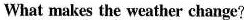
What makes the weather change?